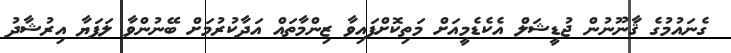
ގެނައުމުގެ ޤާނޫނުން ޖުޑީޝަލް އެކެޑެމީއަށް މަތިކޮށްފައިވާ ޒިންމާތައް އަދާކުރުމަށް ބޭނުންވާ ލަފަޔާ އިރުޝާދު